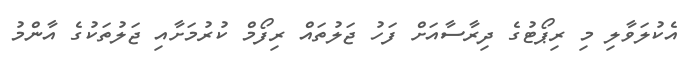
އެކުލަވާލި މި ރިޕޯޓުގެ ދިރާސާއަށް ފަހު ޖަލުތައް ރިފޯމް ކުރުމަށާއި ޖަލުތަކުގެ އާންމު